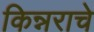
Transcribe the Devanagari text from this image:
किन्नराचे